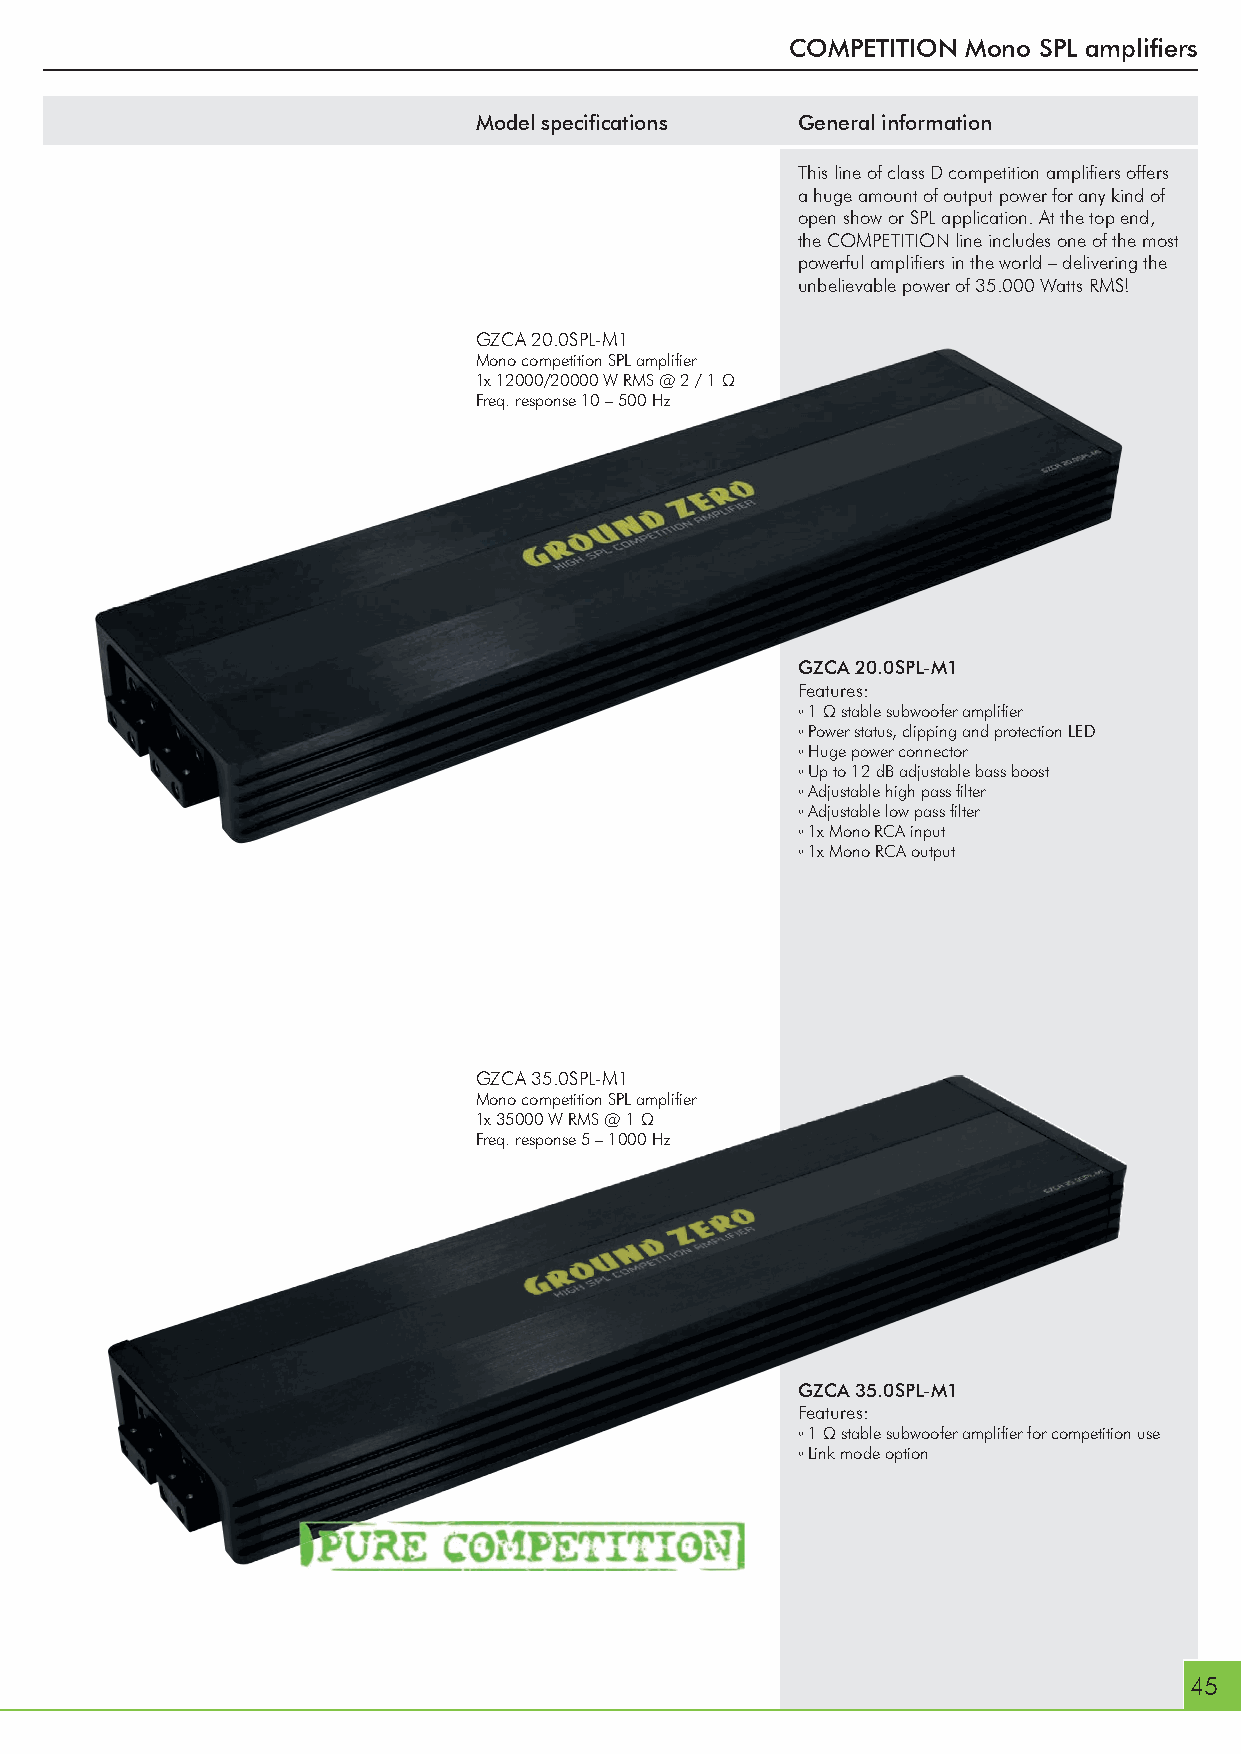
COMPETITION Mono SPL amplifi ers
 Model specifi cations General information
 This line of class D competition amplifi ers offers
 a huge amount of output power for any kind of
 open show or SPL application. At the top end,
 the COMPETITION line includes one of the most
 powerful amplifi ers in the world – delivering the
 unbelievable power of 35.000 Watts RMS!
 GZCA 20.0SPL-M1
 Mono competition SPL amplifi er
 1x 12000/20000 W RMS @ 2 / 1 Ω
 Freq. response 10 – 500 Hz
 GZCA 20.0SPL-M1
 Features:
 ◦1 Ω stable subwoofer amplifi er
 ◦Power status, clipping and protection LED
 ◦Huge power connector
 ◦Up to 12 dB adjustable bass boost
 ◦Adjustable high pass fi lter
 ◦Adjustable low pass fi lter
 ◦1x Mono RCA input
 ◦1x Mono RCA output
 GZCA 35.0SPL-M1
 Mono competition SPL amplifi er
 1x 35000 W RMS @ 1 Ω
 Freq. response 5 – 1000 Hz
 GZCA 35.0SPL-M1
 Features:
 ◦1 Ω stable subwoofer amplifi er for competition use
 ◦Link mode option
 45